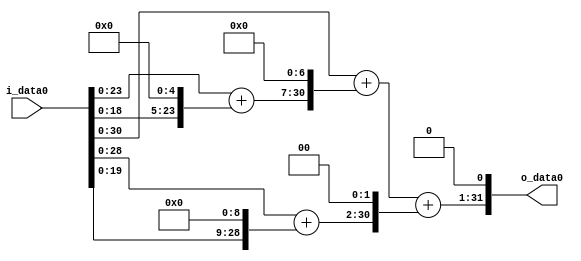
module multiplier_block (
    i_data0,
    o_data0
);

  // Port mode declarations:
  input   [31:0] i_data0;
  output  [31:0]
    o_data0;

  //Multipliers:

  wire [31:0]
    w1,
    w32,
    w33,
    w4224,
    w4225,
    w512,
    w513,
    w2052,
    w6277,
    w12554;

  assign w1 = i_data0;
  assign w12554 = w6277 << 1;
  assign w2052 = w513 << 2;
  assign w32 = w1 << 5;
  assign w33 = w1 + w32;
  assign w4224 = w33 << 7;
  assign w4225 = w1 + w4224;
  assign w512 = w1 << 9;
  assign w513 = w1 + w512;
  assign w6277 = w4225 + w2052;

  assign o_data0 = w12554;

  //multiplier_block area estimate = 6266.93775068823;
endmodule